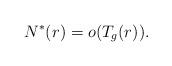
LaTeX: \begin{align*} N^*(r) = o(T_g(r)). \end{align*}